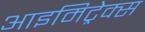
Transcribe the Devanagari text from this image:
आइमिट्रेक्स